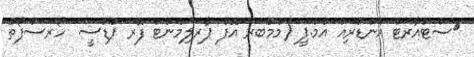
ސްޓުއާރޓް އެންޑްރިއު އެމް.ޕީ (މެމްބަރ އޮފް ޕާރލިމެންޓް ފޮރ ޕުޑްސީ  ހޯރސްފޯތު